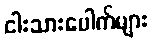
ငါးသားပေါက်များ